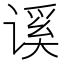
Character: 𰵾